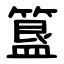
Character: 簋